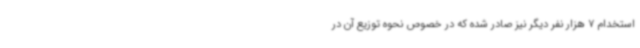
استخدام 7 هزار نفر دیگر نیز صادر شده که در خصوص نحوه توزیع آن در